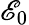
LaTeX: \mathscr{E}_{0}